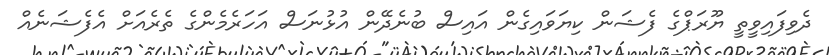
ދެވިފައިވީތީ ޔޫރަޕްގެ ފެޝަން ކިޔަވައިގެން އައިސް ބުނެދޭން އުޅުނަސް އަހަރެމެންގެ ތެރެއަށް އެފެޝަނެއް